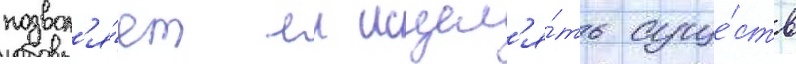
позвол'я́ет еи исцел'я́ть суще́ств